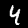
Label: 4